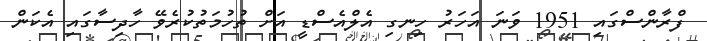
ފްރާންސްގައި 1951 ވަނަ އަހަރު ހިނގި އެލްއެސްޑީ އަށް ތުހުމަތުކުރެވޭ ހާދިސާގައި އެކަން